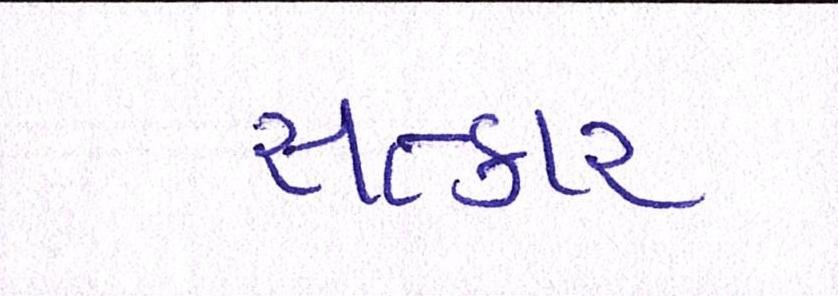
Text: સત્કાર